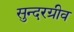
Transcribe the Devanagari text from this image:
सुन्दरग्रीव